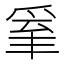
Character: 𤔒